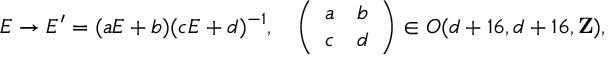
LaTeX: E \rightarrow E ^ { \prime } = ( a E + b ) ( c E + d ) ^ { - 1 } , \ \ \ \left( \begin{array} { l l } { { a } } & { { b } } \\ { { c } } & { { d } } \end{array} \right) \in O ( d + 1 6 , d + 1 6 , { \bf Z } ) ,